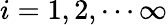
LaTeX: i=1,2,\cdots\infty